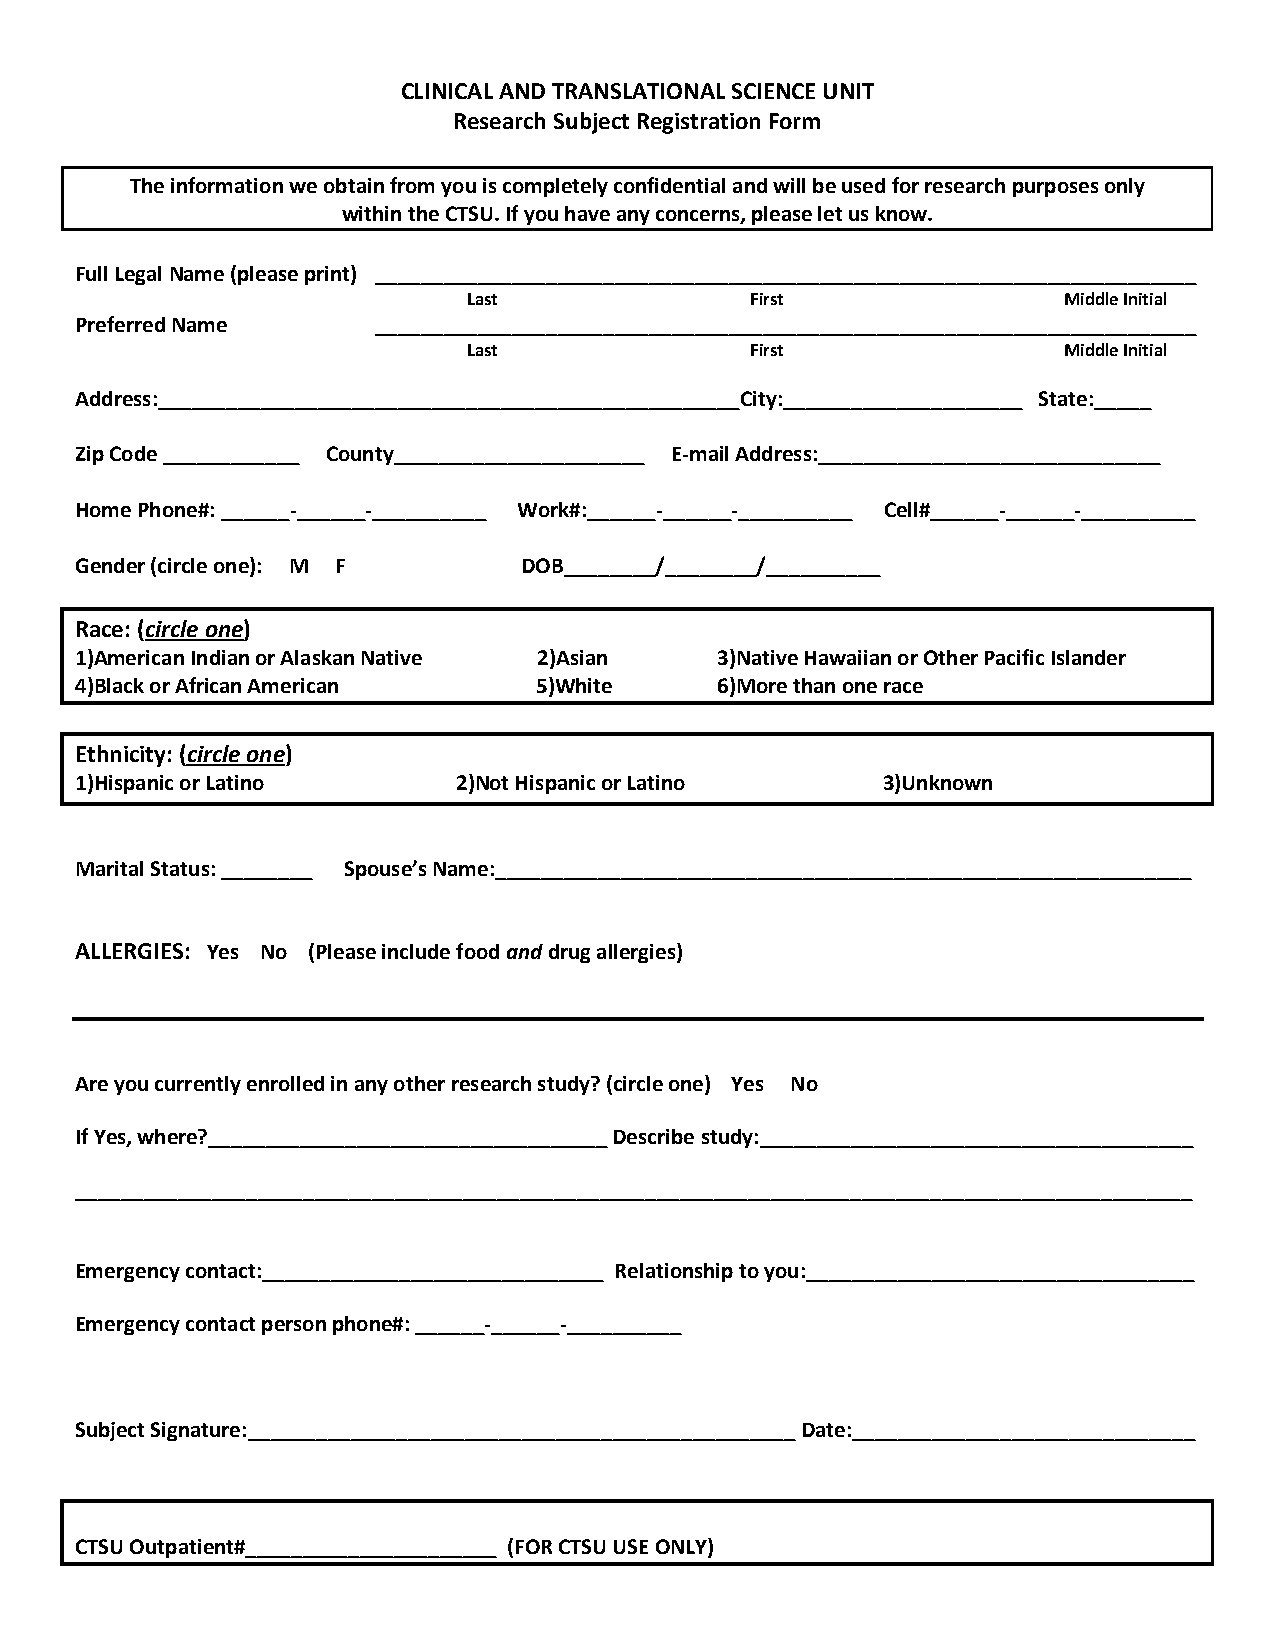
CLINICAL AND TRANSLATIONAL SCIENCE UNIT
 Research Subject Registration Form
 The information we obtain from you is completely confidential and will be used for research purposes only
 within the CTSU. If you have any concerns, please let us know.
 Full Legal Name (please print) ________________________________________________________________________
 Last               First               Middle Initial
 Preferred Name      ________________________________________________________________________
 Last               First               Middle Initial
 Address:___________________________________________________City:_____________________ State:_____
 Zip Code ____________ County______________________ E-mail Address:______________________________
 Home Phone#: ______-______-__________ Work#:______-______-__________ Cell#______-______-__________
 Gender (circle one): M F      DOB________/________/__________
 Race: (circle one)
 1)American Indian or Alaskan Native 2)Asian 3)Native Hawaiian or Other Pacific Islander
 4)Black or African American    5)White    6)More than one race
 Ethnicity: (circle one)
 1)Hispanic or Latino     2)Not Hispanic or Latino    3)Unknown
 Marital Status: ________ Spouse’s Name:_____________________________________________________________
 ALLERGIES: Yes No (Please include food and drug allergies)
 Are you currently enrolled in any other research study? (circle one) Yes No
 If Yes, where?___________________________________ Describe study:______________________________________
 __________________________________________________________________________________________________
 Emergency contact:______________________________ Relationship to you:__________________________________
 Emergency contact person phone#: ______-______-__________
 Subject Signature:________________________________________________ Date:______________________________
 CTSU Outpatient#______________________ (FOR CTSU USE ONLY)